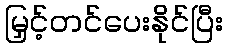
မြှင့်တင်ပေးနိုင်ပြီး